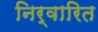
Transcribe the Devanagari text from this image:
निर्वारित